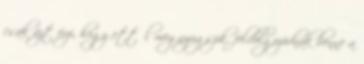
csak azt érzi, hogy ettől megnyugszik, feldolgozódnak benne a